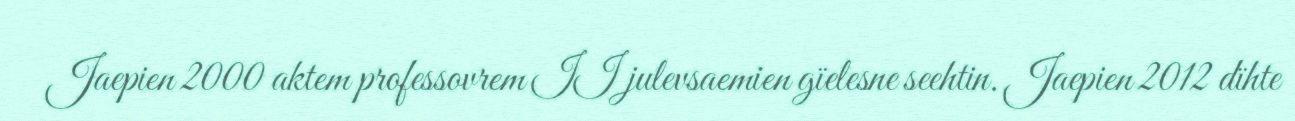
Jaepien 2000 aktem professovrem II julevsaemien gïelesne seehtin. Jaepien 2012 dïhte